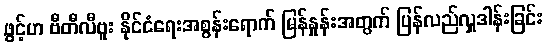
ဖွင့်ဟ ဗီတီလီဗူး နိုင်ငံရေးအစွန်းရောက် မြန်နှုန်းအတွက် ပြန်လည်လှူဒါန်းခြင်း